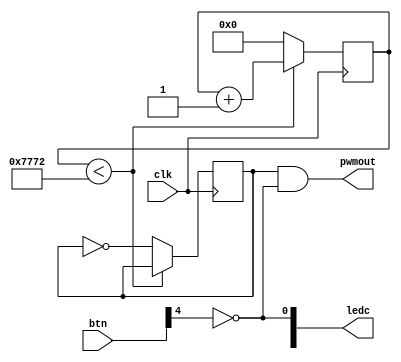
module top(input clk, input [7:0] btn, output [5:0] ledc, output pwmout);

reg [23:0] counter; // 24-bit counter
reg counterout = 0;

always @(posedge clk) begin
	if (counter < 30578)
	begin
		counter <= counter + 1;
	end else 
	begin
		counter <= 0;
		counterout <= ~counterout;
	end
	// NOT! 
	// counter += 1
	// if (counter == 0) { counter = 0;}
end

assign pwmout = counterout & ~btn[4];
assign ledc[0] = ~btn[4];

endmodule

// Why not?